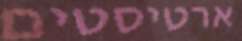
ארטיסטים